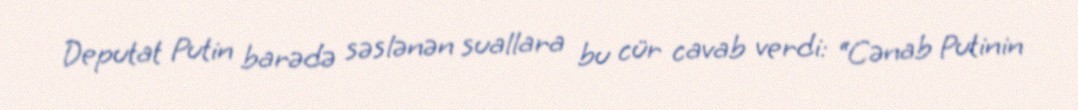
Deputat Putin barədə səslənən suallara bu cür cavab verdi: “Cənab Putinin